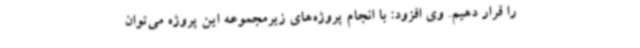
را قرار دهیم. وی افزود: با انجام پروژه‌های زیرمجموعه این پروژه می‌توان